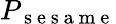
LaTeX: P_{\mathrm{~s~e~s~a~m~e~}}